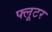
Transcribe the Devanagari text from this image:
फ्लूटर